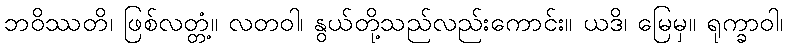
ဘဝိဿတိ၊ ဖြစ်လတ္တံ့။ လတဝါ၊ နွယ်တို့သည်လည်းကောင်း။ ယဒိ၊ မြေမှ။ ရုက္ခာဝါ၊